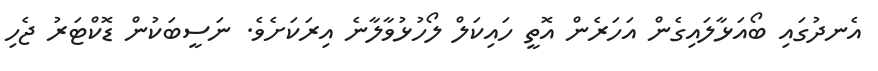
އެނދުގައި ބޯއަޅާލައިގެން އަހަރެން އޮތީ ހައިކަލް ލޯހުޅުވާލާނެ އިރަކަށެވެ. ނަސީބަކުން ޑޮކްޓަރު ޖެހި